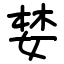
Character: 婪